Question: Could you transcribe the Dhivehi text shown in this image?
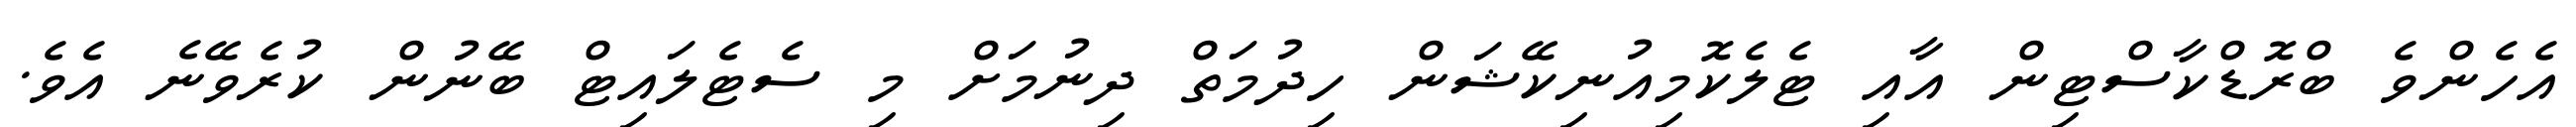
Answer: އެހެންވެ ބްރޮޑްކާސްޓިން އާއި ޓެލެކޮމިއުނިކޭޝަން ހިދުމަތް ދިނުމަށް މި ސެޓެލައިޓް ބޭނުން ކުރެވޭނެ އެވެ.